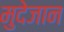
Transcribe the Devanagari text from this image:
मुदेजान